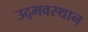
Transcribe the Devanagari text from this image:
उद्भवस्थान